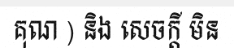
គុណ ) និង សេចក្តី មិន